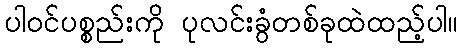
ပါဝင်ပစ္စည်းကို ပုလင်းခွံတစ်ခုထဲထည့်ပါ။